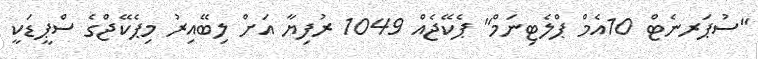
"ސުޕަރނެޓް 10އެމް ޕްލެޓިނަމް" ޕެކޭޖެއް 1049 ރުފިޔާ އަށް ލިބޭއިރު މިޕެކޭޖްގެ ސްޕީޑަކީ